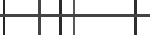
: .